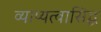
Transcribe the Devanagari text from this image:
व्याप्यत्वासिद्ध